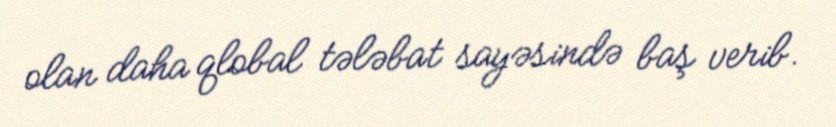
olan daha qlobal tələbat sayəsində baş verib.